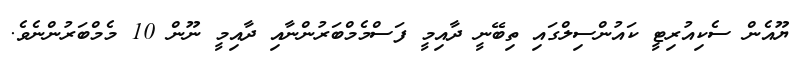
ޔޫއެން ސެކިއުރިޓީ ކައުންސިލްގައި ތިބޭނީ ދާއިމީ ފަސްމެމްބަރުންނާއި ދާއިމީ ނޫން 10 މެމްބަރުންނެވެ.